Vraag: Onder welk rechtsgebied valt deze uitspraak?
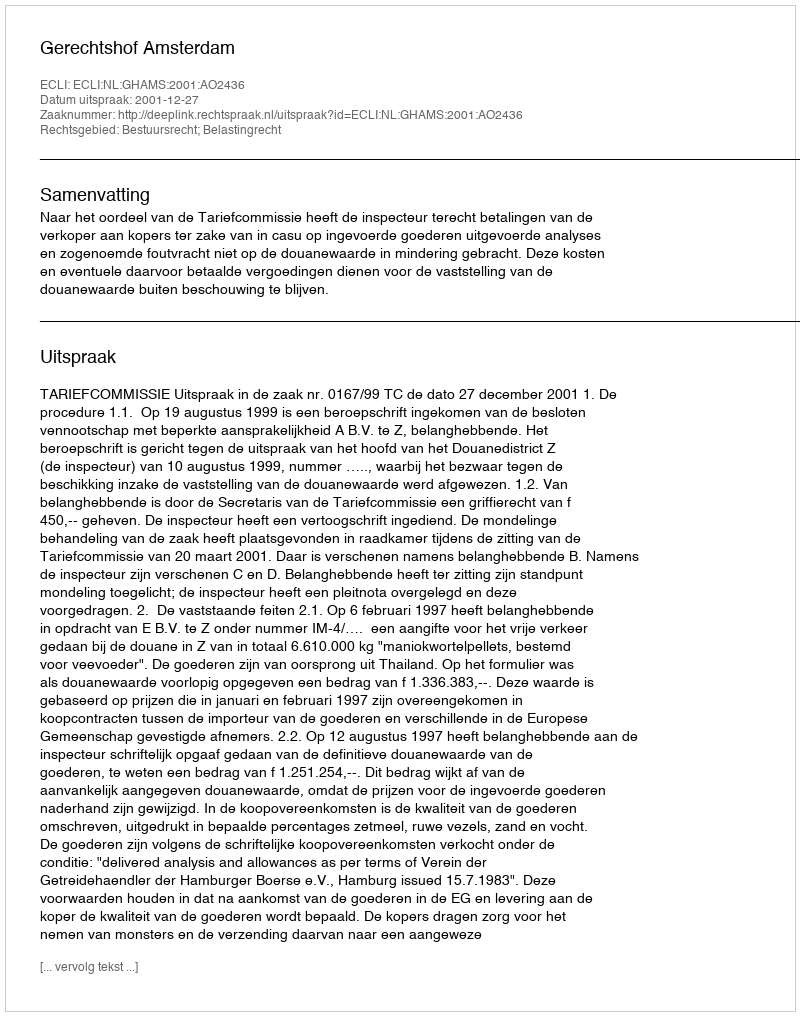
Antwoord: Bestuursrecht; Belastingrecht